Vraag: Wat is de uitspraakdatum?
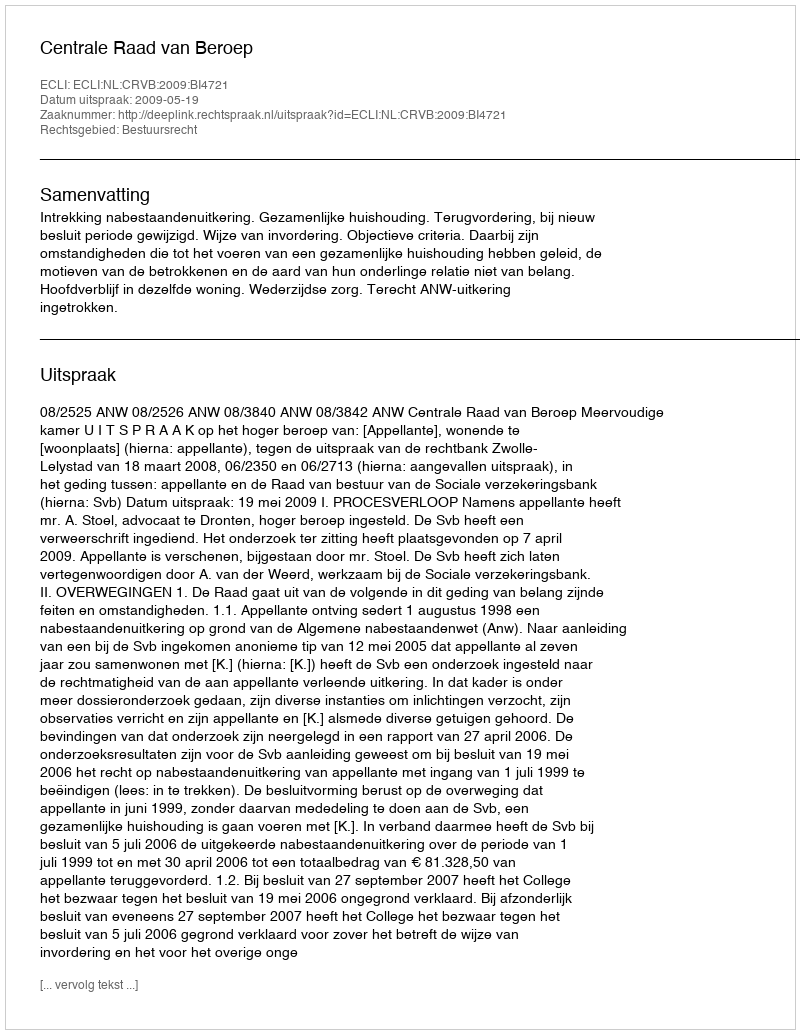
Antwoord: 2009-05-19